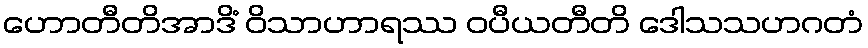
ဟောတီတိအာဒိံ ဝိသာဟာရဿ ဝပီယတီတိ ဒေါသသဟဂတံ